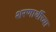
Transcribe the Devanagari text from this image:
शरणार्थीच्या